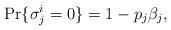
LaTeX: \begin{align*}{\Pr} \lbrace{\sigma _j^i = 0}\rbrace = 1 - p_j \beta_j,\end{align*}